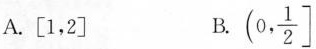
A.[1，2] B.(0, \frac{1}{2}]